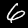
Label: 6